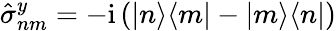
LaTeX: \hat{\sigma}_{nm}^{y}=-\mathrm{i}\left(|n\rangle\langle m|-|m\rangle\langle n|\right)